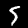
Label: 5